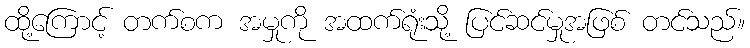
ထို့ကြောင့် တက်စက အမှုကို အထက်ရုံးသို့ ပြင်ဆင်မှုအဖြစ် တင်သည်။